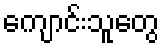
ကျောင်းသူတွေ